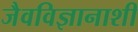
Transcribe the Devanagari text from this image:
जैवविज्ञानाशी